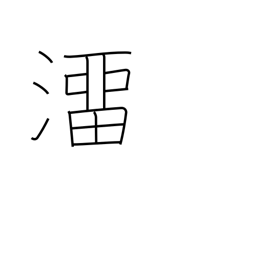
Meaning: slip